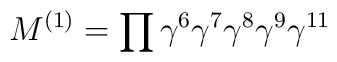
M^{(1)} = \prod\gamma^{6}\gamma^{7}\gamma^{8}\gamma^{9}\gamma^{11}